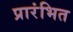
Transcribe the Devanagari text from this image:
प्रारंभित